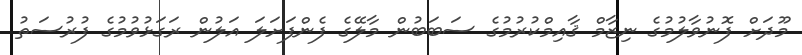
މޫދަށް ފޮނުވާލުމުގެ ނިޒާމް ޤާއިމްކުރުމުގެ ސަބަބުން މާލޭގެ ފެންފަށަލަ އަލުން ރަގަޅުވުމުގެ ފުރުސަތު